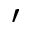
'